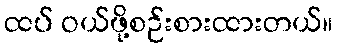
ထပ် ဝယ်ဖို့စဉ်းစားထားတယ်။